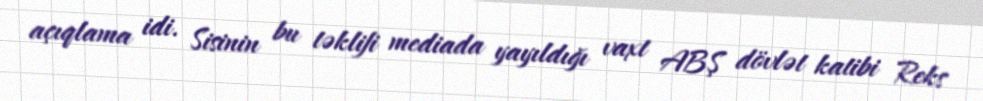
açıqlama idi. Sisinin bu təklifi mediada yayıldığı vaxt ABŞ dövlət katibi Reks